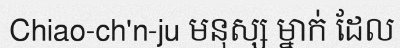
Chiao-ch'n-ju មនុស្ស ម្នាក់ ដែល